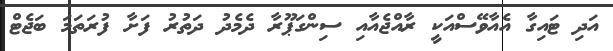
އަދި ޓައިގާ އެއާވޭސްއަކީ ރާއްޖެއާއި ސިންގަޕޫރާ ދެމެދު ދަތުރު ފަށާ ފުރަތަމަ ބަޖެޓް